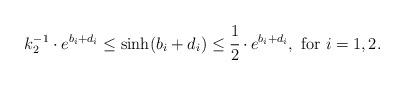
LaTeX: \begin{align*}k_2^{-1}\cdot e^{b_i+d_i} \leq \sinh(b_i+d_i) \leq \cfrac{1}{2} \cdot e^{b_i+d_i}, \ \mathrm{ for} \ i=1,2.\end{align*}